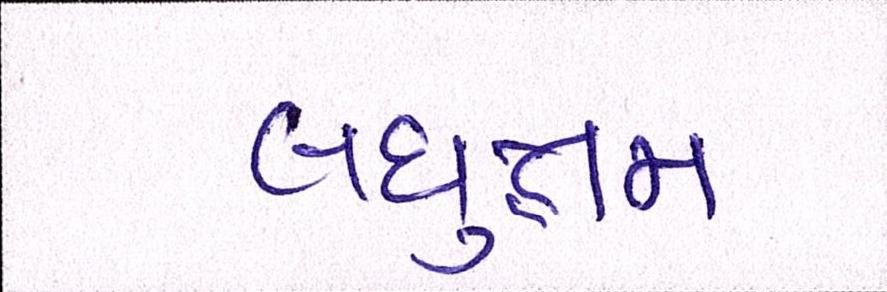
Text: લઘુત્તમ